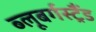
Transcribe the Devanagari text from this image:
ब्‍लूबर्गस्‍ट्रैंड